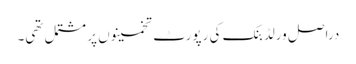
دراصل ورلڈ بنک کی رپورٹ تخمینوں پر مشتمل تھی۔